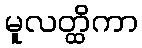
မူလတ္ထိကာ